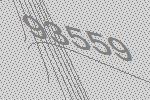
93559